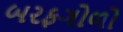
બરફગોળો